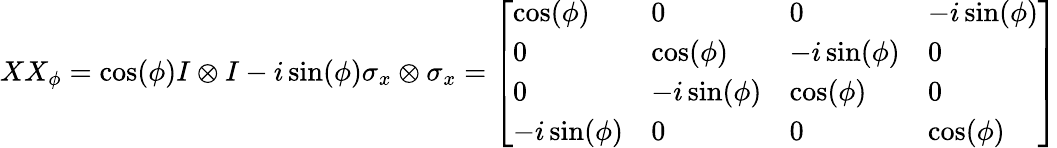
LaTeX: XX_{\phi}=\cos(\phi)I\otimes I-i\sin(\phi)\sigma_{x}\otimes\sigma_{x}={\left[\begin{array}{llll}{\cos(\phi)}&{0}&{0}&{-i\sin(\phi)}\\ {0}&{\cos(\phi)}&{-i\sin(\phi)}&{0}\\ {0}&{-i\sin(\phi)}&{\cos(\phi)}&{0}\\ {-i\sin(\phi)}&{0}&{0}&{\cos(\phi)}\end{array}\right]}